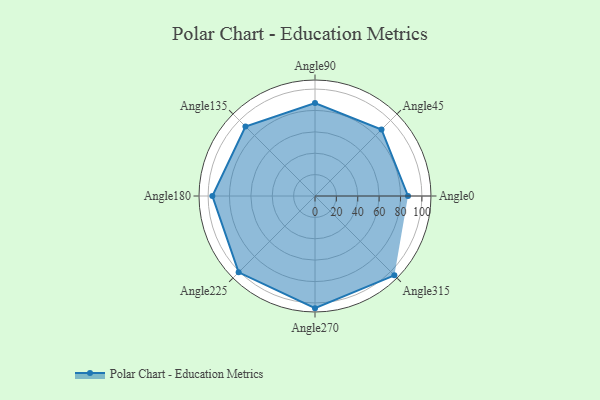
{"axis": {"x": "Angle", "y": "Radius"}, "legend": [""], "data": [{"x": "Angle0", "y": 87.0, "type": ""}, {"x": "Angle45", "y": 88.0, "type": ""}, {"x": "Angle90", "y": 87.0, "type": ""}, {"x": "Angle135", "y": 92.0, "type": ""}, {"x": "Angle180", "y": 96.0, "type": ""}, {"x": "Angle225", "y": 101.0, "type": ""}, {"x": "Angle270", "y": 105.0, "type": ""}, {"x": "Angle315", "y": 105.0, "type": ""}]}